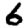
Digit: 6